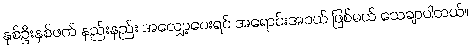
နှစ်ဦးနှစ်ဖက် နည်းနည်း အလျှော့ပေးရင် အရောင်းအဝယ် ဖြစ်မယ် သေချာပါတယ်။